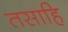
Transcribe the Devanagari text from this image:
तसाहि